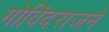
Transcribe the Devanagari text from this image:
गोविंदराजने